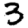
Digit: 3